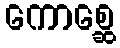
ကောစ္ဆေ